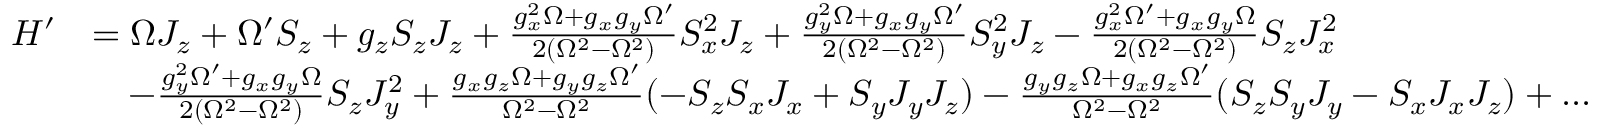
\begin{array} { r l } { H ^ { \prime } } & { = \Omega J _ { z } + \Omega ^ { \prime } S _ { z } + g _ { z } S _ { z } J _ { z } + \frac { g _ { x } ^ { 2 } \Omega + g _ { x } g _ { y } \Omega ^ { \prime } } { 2 ( \Omega ^ { 2 } - \Omega ^ { 2 } ) } S _ { x } ^ { 2 } J _ { z } + \frac { g _ { y } ^ { 2 } \Omega + g _ { x } g _ { y } \Omega ^ { \prime } } { 2 ( \Omega ^ { 2 } - \Omega ^ { 2 } ) } S _ { y } ^ { 2 } J _ { z } - \frac { g _ { x } ^ { 2 } \Omega ^ { \prime } + g _ { x } g _ { y } \Omega } { 2 ( \Omega ^ { 2 } - \Omega ^ { 2 } ) } S _ { z } J _ { x } ^ { 2 } } \\ & { \quad - \frac { g _ { y } ^ { 2 } \Omega ^ { \prime } + g _ { x } g _ { y } \Omega } { 2 ( \Omega ^ { 2 } - \Omega ^ { 2 } ) } S _ { z } J _ { y } ^ { 2 } + \frac { g _ { x } g _ { z } \Omega + g _ { y } g _ { z } \Omega ^ { \prime } } { \Omega ^ { 2 } - \Omega ^ { 2 } } ( - S _ { z } S _ { x } J _ { x } + S _ { y } J _ { y } J _ { z } ) - \frac { g _ { y } g _ { z } \Omega + g _ { x } g _ { z } \Omega ^ { \prime } } { \Omega ^ { 2 } - \Omega ^ { 2 } } ( S _ { z } S _ { y } J _ { y } - S _ { x } J _ { x } J _ { z } ) + . . . } \end{array}